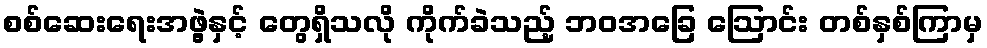
စစ်ဆေးရေးအဖွဲ့နှင့် တွေရှိသလို ကိုက်ခဲသည့် ဘဝအခြေ ဩောင်း တစ်နှစ်ကြာမှ